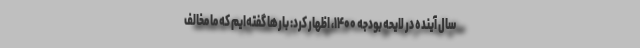
سال آینده در لایحه بودجه ۱۴۰۰، اظهار کرد: بارها گفته‌ایم که ما مخالف